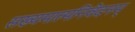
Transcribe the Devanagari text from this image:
सख्यमात्मनिवेदनम्